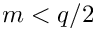
m < q / 2